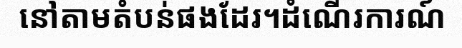
នៅតាមតំបន់ផងដែរ។ដំណើរការណ៍